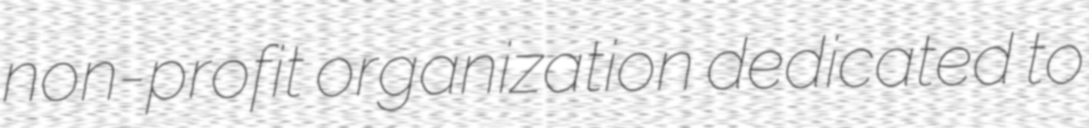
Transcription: non-profit organization dedicated to